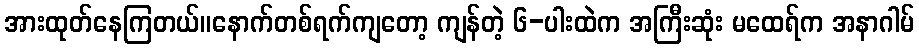
အားထုတ်နေကြတယ်။နောက်တစ်ရက်ကျတော့ ကျန်တဲ့ ၆-ပါးထဲက အကြီးဆုံး မထေရ်က အနာဂါမ်